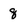
Character: 8